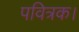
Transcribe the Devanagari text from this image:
पवित्रक।